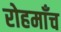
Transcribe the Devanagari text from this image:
रोहमाँच